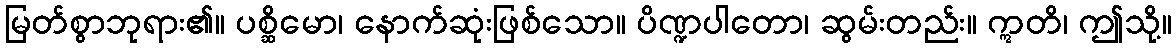
မြတ်စွာဘုရား၏။ ပစ္ဆိမော၊ နောက်ဆုံးဖြစ်သော။ ပိဏ္ဍပါတော၊ ဆွမ်းတည်း။ ဣတိ၊ ဤသို့။